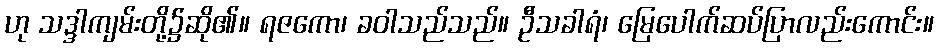
ဟု သဒ္ဒါကျမ်းတို့၌ဆို၏။ ရဇကော၊ ခဝါသည်သည်။ ဦသခါရံ၊ မြေပေါက်ဆပ်ပြာလည်းကောင်း။